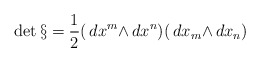
\begin{align*}\det{\S}={1\over2}(\,d{x^m}{\wedge}\,d{x^n})(\,d{x_m}{\wedge}\,d{x_n})\end{align*}